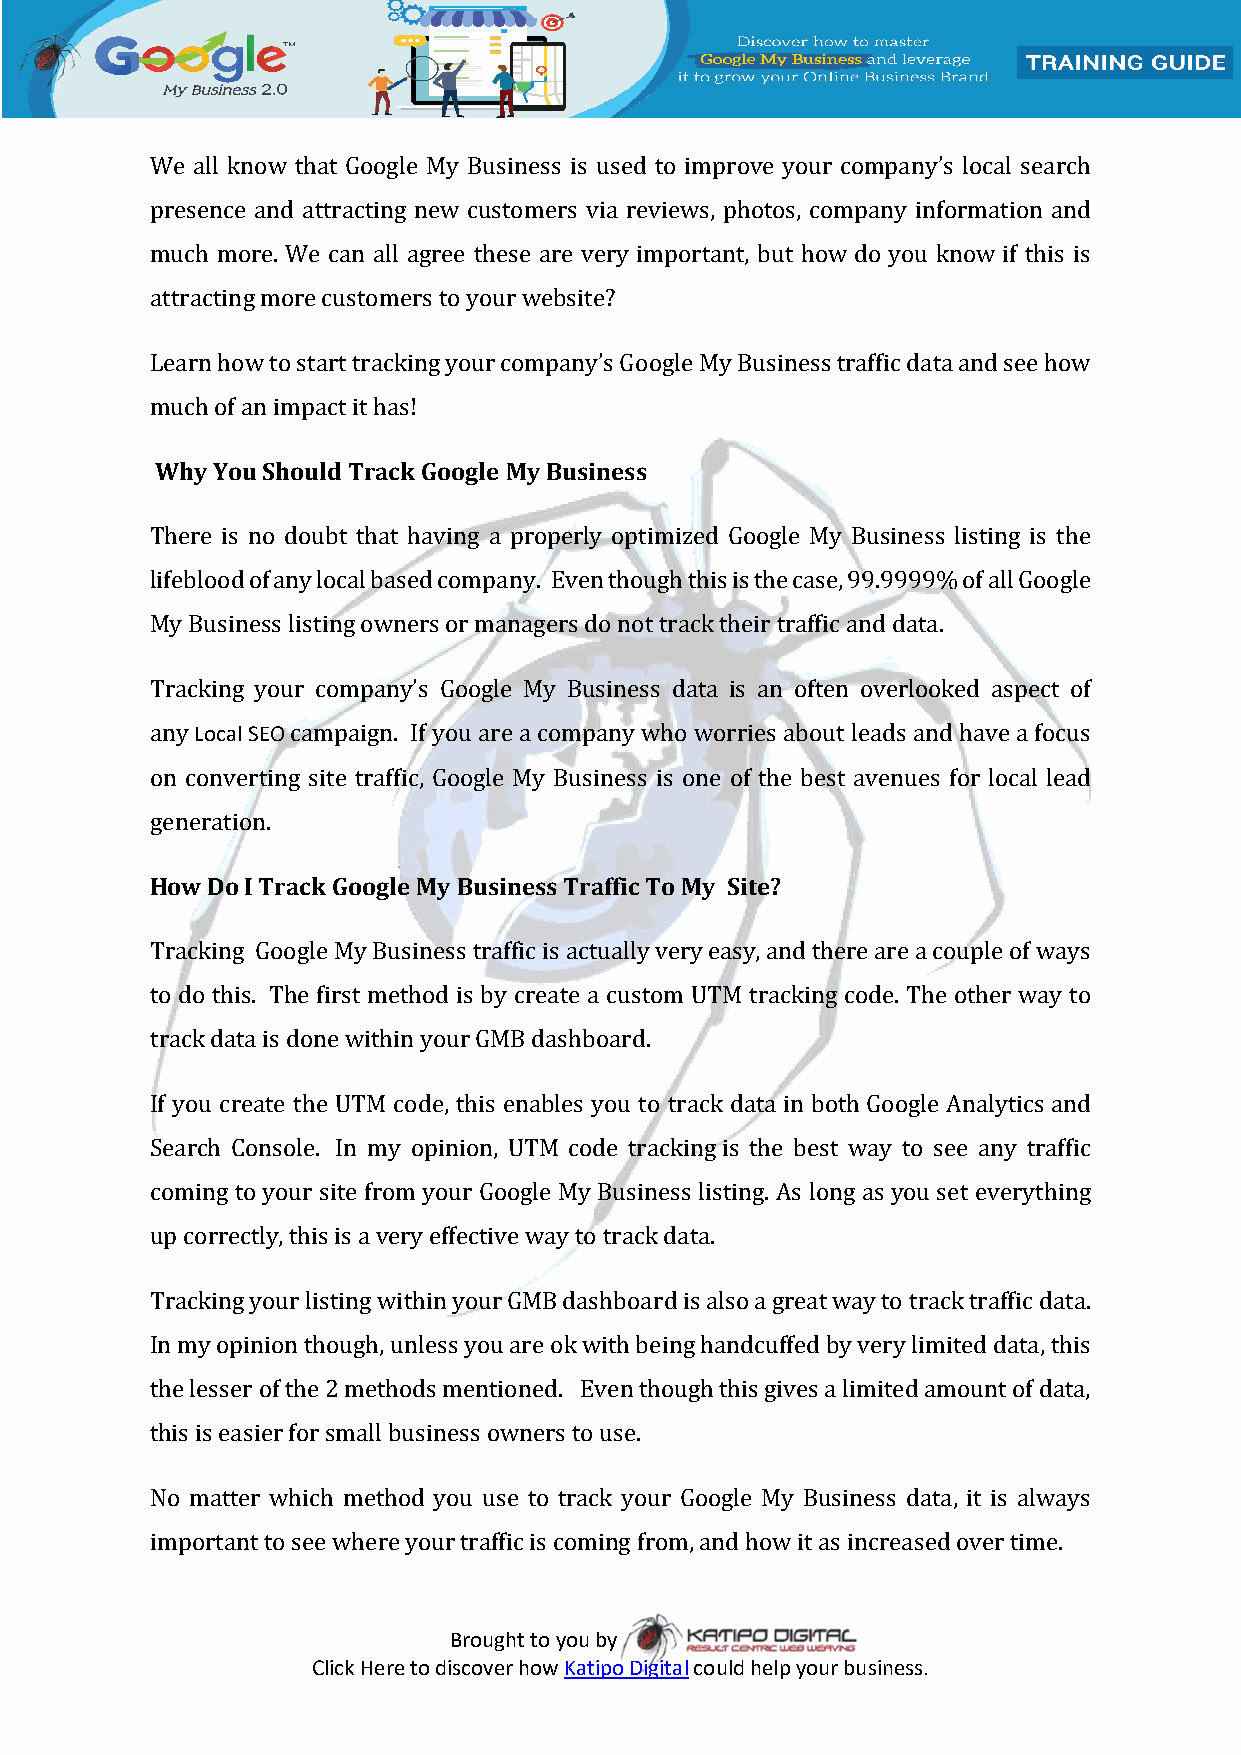
We all know that Google My Business is used to improve your company’s local search
 presence and attracting new customers via reviews, photos, company information and
 much more. We can all agree these are very important, but how do you know if this is
 attracting more customers to your website?
 Learn how to start tracking your company’s Google My Business traffic data and see how
 much of an impact it has!
 Why You Should Track Google My Business
 There is no doubt that having a properly optimized Google My Business listing is the
 lifeblood of any local based company. Even though this is the case, 99.9999% of all Google
 My Business listing owners or managers do not track their traffic and data.
 Tracking your company’s Google My Business data is an often overlooked aspect of
 any Local SEO campaign. If you are a company who worries about leads and have a focus
 on converting site traffic, Google My Business is one of the best avenues for local lead
 generation.
 How Do I Track Google My Business Traffic To My Site?
 Tracking Google My Business traffic is actually very easy, and there are a couple of ways
 to do this. The first method is by create a custom UTM tracking code. The other way to
 track data is done within your GMB dashboard.
 If you create the UTM code, this enables you to track data in both Google Analytics and
 Search Console. In my opinion, UTM code tracking is the best way to see any traffic
 coming to your site from your Google My Business listing. As long as you set everything
 up correctly, this is a very effective way to track data.
 Tracking your listing within your GMB dashboard is also a great way to track traffic data.
 In my opinion though, unless you are ok with being handcuffed by very limited data, this
 the lesser of the 2 methods mentioned. Even though this gives a limited amount of data,
 this is easier for small business owners to use.
 No matter which method you use to track your Google My Business data, it is always
 important to see where your traffic is coming from, and how it as increased over time.
 Brought to you by
 Click Here to discover how Katipo Digital could help your business.